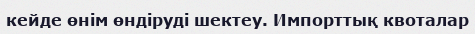
кейде өнім өндіруді шектеу. Импорттық квоталар